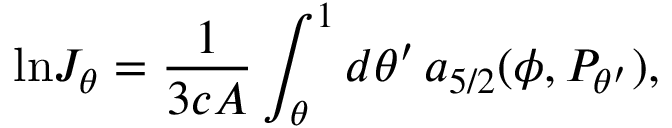
{ \ln } J _ { \theta } = { \frac { 1 } { 3 c { \cal A } } } \int _ { \theta } ^ { 1 } d \theta ^ { \prime } \, a _ { 5 / 2 } ( \phi , P _ { \theta ^ { \prime } } ) ,